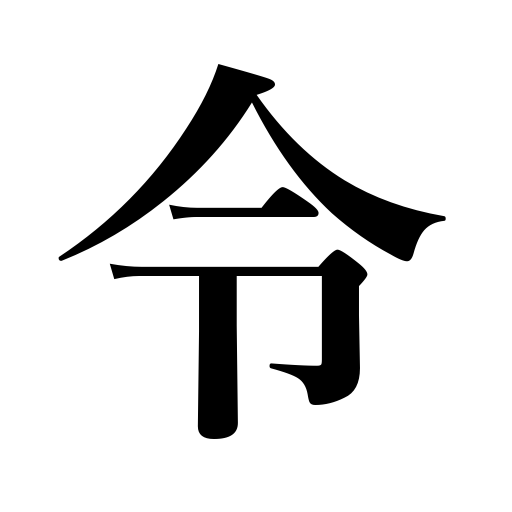
Meanings: command,ordinance,order,decree,law